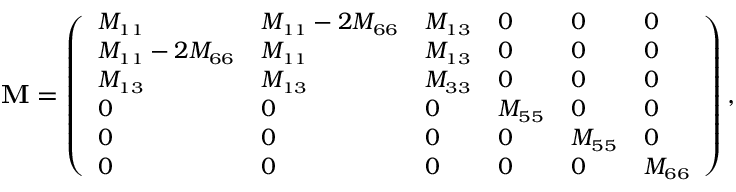
\small { \mathbf { M } = \left( \begin{array} { l l l l l l } { M _ { 1 1 } } & { M _ { 1 1 } - 2 M _ { 6 6 } } & { M _ { 1 3 } } & { 0 } & { 0 } & { 0 } \\ { M _ { 1 1 } - 2 M _ { 6 6 } } & { M _ { 1 1 } } & { M _ { 1 3 } } & { 0 } & { 0 } & { 0 } \\ { M _ { 1 3 } } & { M _ { 1 3 } } & { M _ { 3 3 } } & { 0 } & { 0 } & { 0 } \\ { 0 } & { 0 } & { 0 } & { M _ { 5 5 } } & { 0 } & { 0 } \\ { 0 } & { 0 } & { 0 } & { 0 } & { M _ { 5 5 } } & { 0 } \\ { 0 } & { 0 } & { 0 } & { 0 } & { 0 } & { M _ { 6 6 } } \end{array} \right) , }